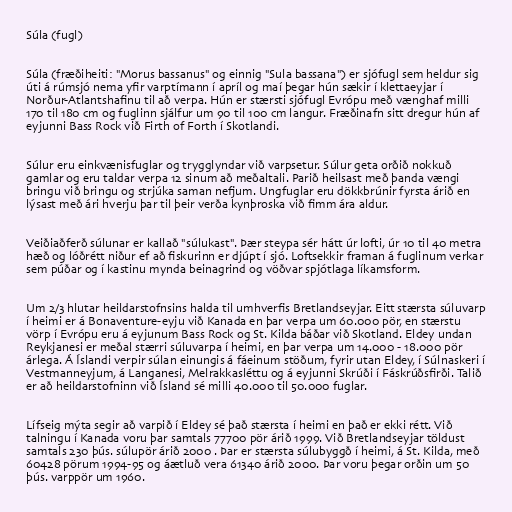
Súla (fugl)

Súla (fræðiheiti: "Morus bassanus" og einnig "Sula bassana") er sjófugl sem heldur sig
úti á rúmsjó nema yfir varptímann í apríl og maí þegar hún sækir í klettaeyjar í
Norður-Atlantshafinu til að verpa. Hún er stærsti sjófugl Evrópu með vænghaf milli
170 til 180 cm og fuglinn sjálfur um 90 til 100 cm langur. Fræðinafn sitt dregur hún af
eyjunni Bass Rock við Firth of Forth í Skotlandi.

Súlur eru einkvænisfuglar og trygglyndar við varpsetur. Súlur geta orðið nokkuð
gamlar og eru taldar verpa 12 sinum að meðaltali. Parið heilsast með þanda vængi
bringu við bringu og strjúka saman nefjum. Ungfuglar eru dökkbrúnir fyrsta árið en
lýsast með ári hverju þar til þeir verða kynþroska við fimm ára aldur.

Veiðiaðferð súlunar er kallað "súlukast". Þær steypa sér hátt úr lofti, úr 10 til 40 metra
hæð og lóðrétt niður ef að fiskurinn er djúpt í sjó. Loftsekkir framan á fuglinum verkar
sem púðar og í kastinu mynda beinagrind og vöðvar spjótlaga líkamsform.

Um 2/3 hlutar heildarstofnsins halda til umhverfis Bretlandseyjar. Eitt stærsta súluvarp
í heimi er á Bonaventure-eyju við Kanada en þar verpa um 60.000 pör, en stærstu
vörp í Evrópu eru á eyjunum Bass Rock og St. Kilda báðar við Skotland. Eldey undan
Reykjanesi er meðal stærri súluvarpa í heimi, en þar verpa um 14.000 - 18.000 pör
árlega. Á Íslandi verpir súlan einungis á fáeinum stöðum, fyrir utan Eldey, í Súlnaskeri í
Vestmanneyjum, á Langanesi, Melrakkasléttu og á eyjunni Skrúði í Fáskrúðsfirði. Talið
er að heildarstofninn við Ísland sé milli 40.000 til 50.000 fuglar.

Lífseig mýta segir að varpið í Eldey sé það stærsta í heimi en það er ekki rétt. Við
talningu í Kanada voru þar samtals 77700 pör árið 1999. Við Bretlandseyjar töldust
samtals 230 þús. súlupör árið 2000 . Þar er stærsta súlubyggð í heimi, á St. Kilda, með
60428 pörum 1994-95 og áætluð vera 61340 árið 2000. Þar voru þegar orðin um 50
þús. varppör um 1960.